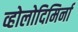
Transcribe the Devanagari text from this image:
व्होलोदिमिर्ना